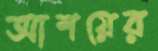
আশয়ের